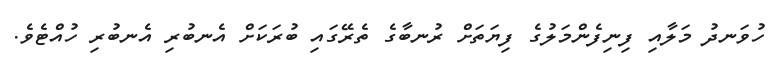
ހުވަނދު މަލާއި ފިނިފެންމަލުގެ ފިޔަތަށް ރުނބާގެ ތެރޭގައި ބުރަކަށް އެނބުރި އެނބުރި ހުއްޓެވެ.